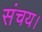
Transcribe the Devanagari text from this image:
संचय।